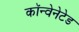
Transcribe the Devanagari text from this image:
कॉन्वेनेटेड